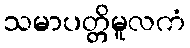
သမာပတ္တိမူလကံ